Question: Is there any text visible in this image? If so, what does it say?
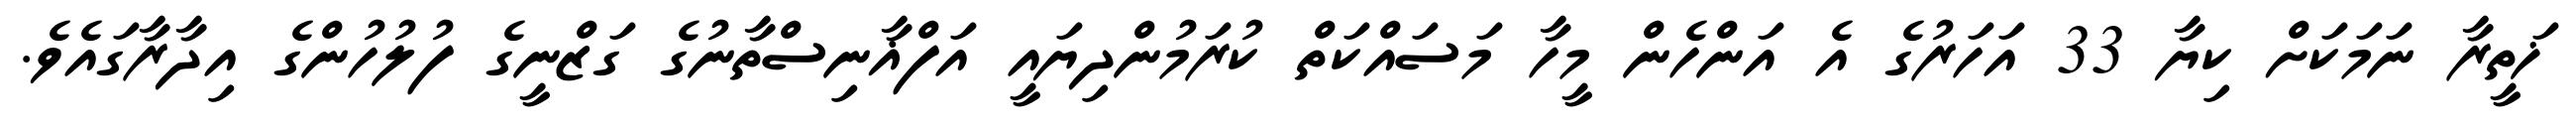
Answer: ޚަތީރާ ނަމަކަށް ކިޔާ 33 އަހަރުގެ އެ އަންހެން މީހާ މަސައްކަތް ކުރަމުންދިޔައީ އަފްޣާނިސްތާނުގެ ގަޒްނީގެ ފުލުހުންގެ އިދާރާގައެވެ.